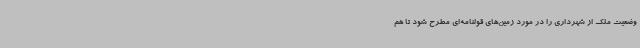
وضعیت ملک از شهرداری را در مورد زمین‌های قولنامه‌ای مطرح شود تا هم